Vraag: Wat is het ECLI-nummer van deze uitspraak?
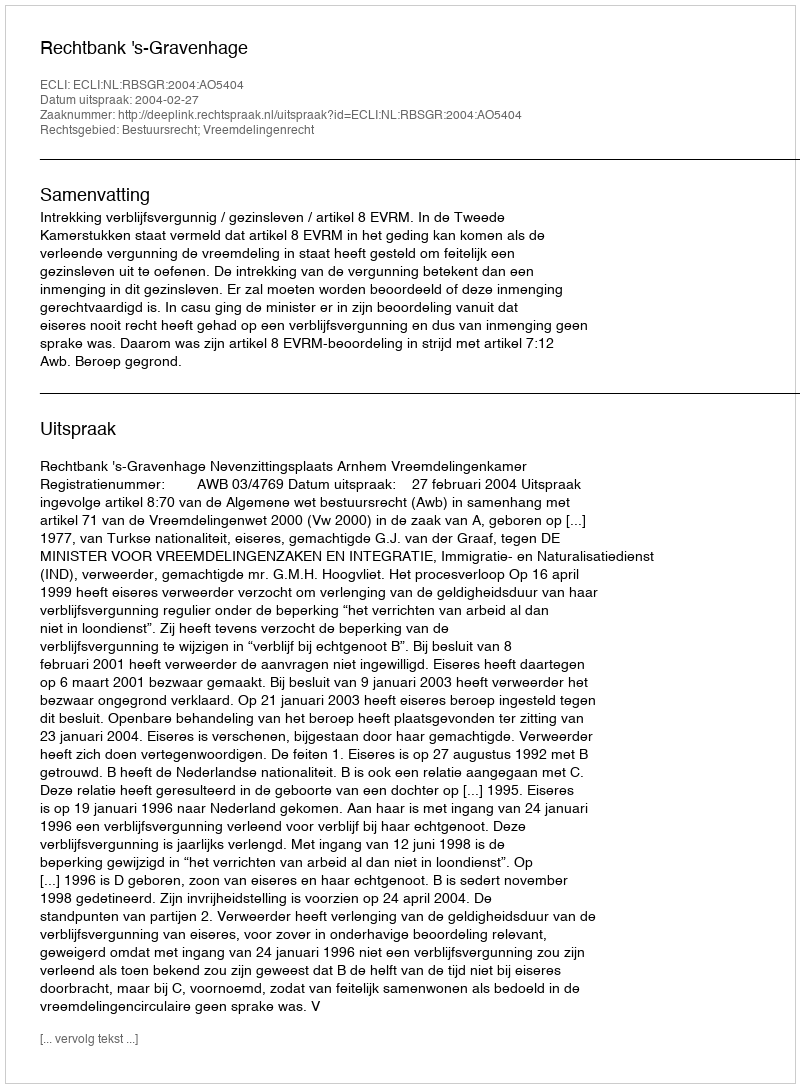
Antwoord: ECLI:NL:RBSGR:2004:AO5404